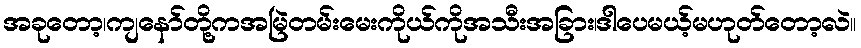
အခုတော့၊ကျနော်တို့ကအမြဲတမ်းမေးကိုယ်ကိုအသီးအခြား၊ဒါပေမယ့်မဟုတ်တော့လဲ။